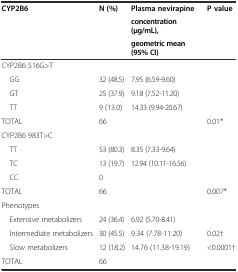
<table><thead><tr><td rowspan="3"><b>CYP2B6</b></td><td rowspan="3"><b>N (%)</b></td><td><b>Plasma nevirapine</b></td><td rowspan="3"><b>P value</b></td></tr><tr><td><b>concentration (μg/mL),</b></td></tr><tr><td><b>geometric mean (95% CI)</b></td></tr></thead><tbody><tr><td colspan="4">CYP2B6 516G&gt;T</td></tr><tr><td> GG</td><td>32 (48.5)</td><td>7.95 (6.59-9.60)</td><td></td></tr><tr><td> GT</td><td>25 (37.9)</td><td>9.18 (7.52-11.20)</td><td></td></tr><tr><td> TT</td><td>9 (13.0)</td><td>14.33 (9.94-20.67)</td><td></td></tr><tr><td>TOTAL</td><td>66</td><td></td><td>0.01*</td></tr><tr><td colspan="4">CYP2B6 983T&gt;C</td></tr><tr><td> TT</td><td>53 (80.3)</td><td>8.35 (7.33-9.64)</td><td></td></tr><tr><td> TC</td><td>13 (19.7)</td><td>12.94 (10.11-16.56)</td><td></td></tr><tr><td> CC</td><td>0</td><td></td><td></td></tr><tr><td>TOTAL</td><td>66</td><td></td><td>0.007*</td></tr><tr><td colspan="4">Phenotypes</td></tr><tr><td> Extensive metabolizers</td><td>24 (36.4)</td><td>6.92 (5.70-8.41)</td><td></td></tr><tr><td> Intermediate metabolizers</td><td>30 (45.5)</td><td>9.34 (7.78-11.20)</td><td>0.02†</td></tr><tr><td> Slow metabolizers</td><td>12 (18.2)</td><td>14.76 (11.38-19.19)</td><td>&lt;0.0001†</td></tr><tr><td>TOTAL</td><td>66</td><td></td><td></td></tr></tbody></table>